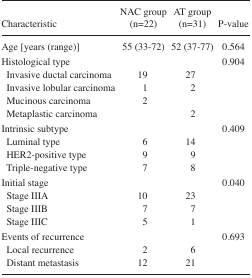
<table><thead><tr><td><b>Characteristic</b></td><td><b>NAC group (n=22)</b></td><td><b>AT group (n=31)</b></td><td><b>P-value</b></td></tr></thead><tbody><tr><td>Age [years (range)]</td><td>55 (33–72)</td><td>52 (37–77)</td><td>0.564</td></tr><tr><td>Histological type</td><td>[EMPTY_CELL]</td><td>[EMPTY_CELL]</td><td>0.904</td></tr><tr><td>Invasive ductal carcinoma</td><td>19</td><td>27</td><td>[EMPTY_CELL]</td></tr><tr><td>Invasive lobular carcinoma</td><td>1</td><td>2</td><td>[EMPTY_CELL]</td></tr><tr><td>Mucinous carcinoma</td><td>2</td><td>[EMPTY_CELL]</td><td>[EMPTY_CELL]</td></tr><tr><td>Metaplastic carcinoma</td><td>[EMPTY_CELL]</td><td>2</td><td>[EMPTY_CELL]</td></tr><tr><td>Intrinsic subtype</td><td>[EMPTY_CELL]</td><td>[EMPTY_CELL]</td><td>0.409</td></tr><tr><td>Luminal type</td><td>6</td><td>14</td><td>[EMPTY_CELL]</td></tr><tr><td>HER2-positive type</td><td>9</td><td>9</td><td>[EMPTY_CELL]</td></tr><tr><td>Triple-negative type</td><td>7</td><td>8</td><td>[EMPTY_CELL]</td></tr><tr><td>Initial stage</td><td>[EMPTY_CELL]</td><td>[EMPTY_CELL]</td><td>0.040</td></tr><tr><td>Stage IIIA</td><td>10</td><td>23</td><td>[EMPTY_CELL]</td></tr><tr><td>Stage IIIB</td><td>7</td><td>7</td><td>[EMPTY_CELL]</td></tr><tr><td>Stage IIIC</td><td>5</td><td>1</td><td>[EMPTY_CELL]</td></tr><tr><td>Events of recurrence</td><td>[EMPTY_CELL]</td><td>[EMPTY_CELL]</td><td>0.693</td></tr><tr><td>Local recurrence</td><td>2</td><td>6</td><td>[EMPTY_CELL]</td></tr><tr><td>Distant metastasis</td><td>12</td><td>21</td><td>[EMPTY_CELL]</td></tr></tbody></table>